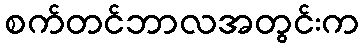
စက်တင်ဘာလအတွင်းက